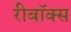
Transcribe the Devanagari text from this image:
रीबॉक्स